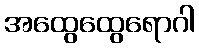
အထွေထွေရောဂါ